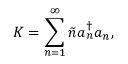
{ \cal K } = \sum _ { n = 1 } ^ { \infty } \tilde { n } a _ { n } ^ { \dagger } a _ { n } ,